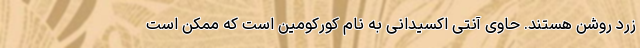
زرد روشن هستند. حاوی آنتی اکسیدانی به نام کورکومین است که ممکن است